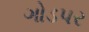
ગોડપર